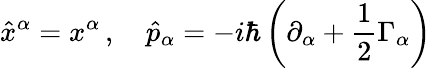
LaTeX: \hat{x}^{\alpha}=x^{\alpha}\, ,\quad\hat{p}_{\alpha}=-i\hbar\left(\partial_{\alpha}+\frac{1}{2}\Gamma_{\alpha}\right)